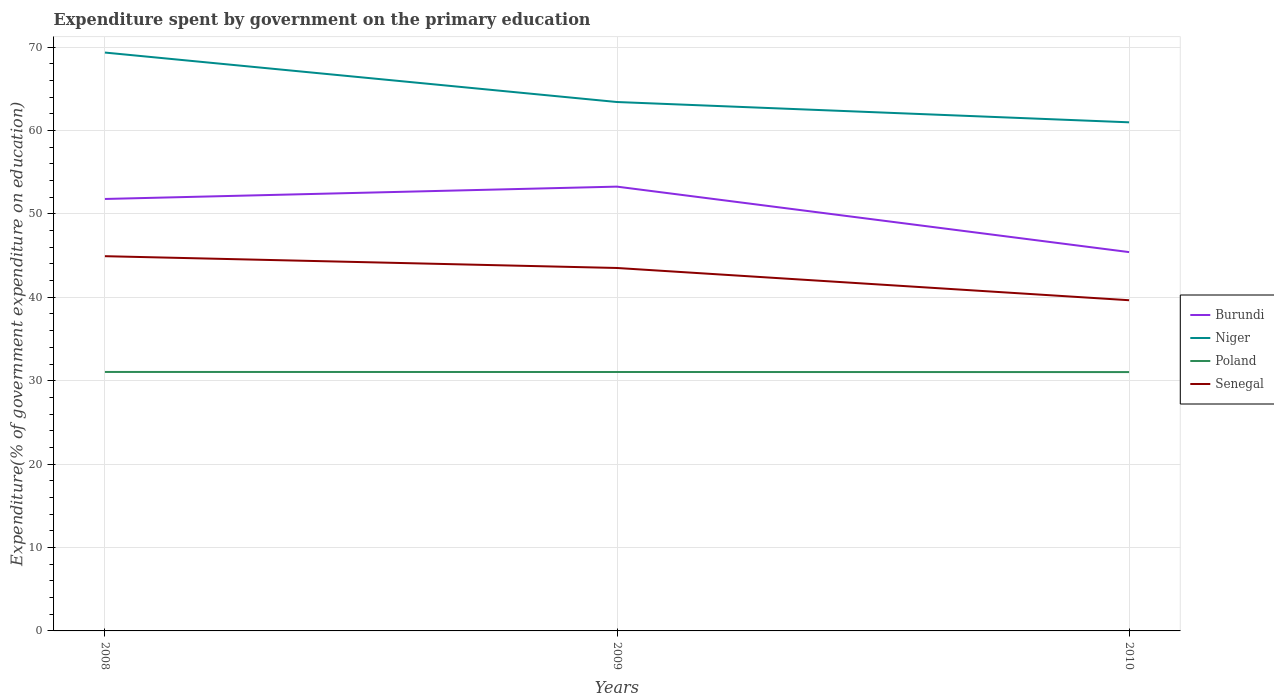
| Years | Burundi | Niger | Poland | Senegal |
 | --- | --- | --- | --- | --- |
 | 2008 | 51.8 | 69.3 | 31 | 44.9 |
 | 2009 | 53.3 | 63.4 | 31 | 43.5 |
 | 2010 | 45.4 | 61 | 31 | 39.6 |